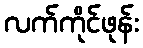
လက်ကိုင်ဖုန်း